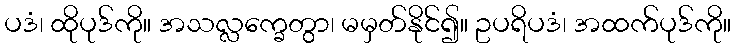
ပဒံ၊ ထိုပုဒ်ကို။ အသလ္လက္ခေတွာ၊ မမှတ်နိုင်၍။ ဥပရိပဒံ၊ အထက်ပုဒ်ကို။